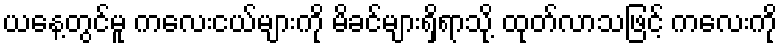
ယနေ့တွင်မူ ကလေးငယ်များကို မိခင်များရှိရာသို့ ထုတ်လာသဖြင့် ကလေးကို